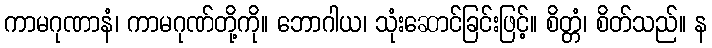
ကာမဂုဏာနံ၊ ကာမဂုဏ်တို့ကို။ ဘောဂါယ၊ သုံးဆောင်ခြင်းဖြင့်။ စိတ္တံ၊ စိတ်သည်။ န